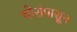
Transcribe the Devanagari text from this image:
चोरांपासून